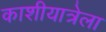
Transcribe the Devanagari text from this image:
काशीयात्रेला